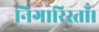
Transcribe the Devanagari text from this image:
निगारिस्ताँ।